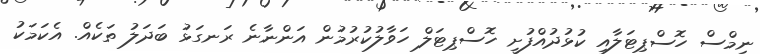
ނިމްސް ހޮސްޕިޓަލާއި ކުޅުދުއްފުށީ ހޮސްޕިޓަލް ހަވާލުކުރުމުން އަންނާނެ ރަނގަޅު ބަދަލު ތަކެއް. އެކަމަކު